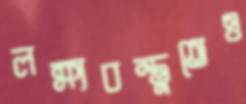
লক্ষ্যবস্তুতেও